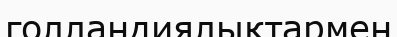
голландиялықтармен